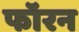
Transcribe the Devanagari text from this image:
फॉरन